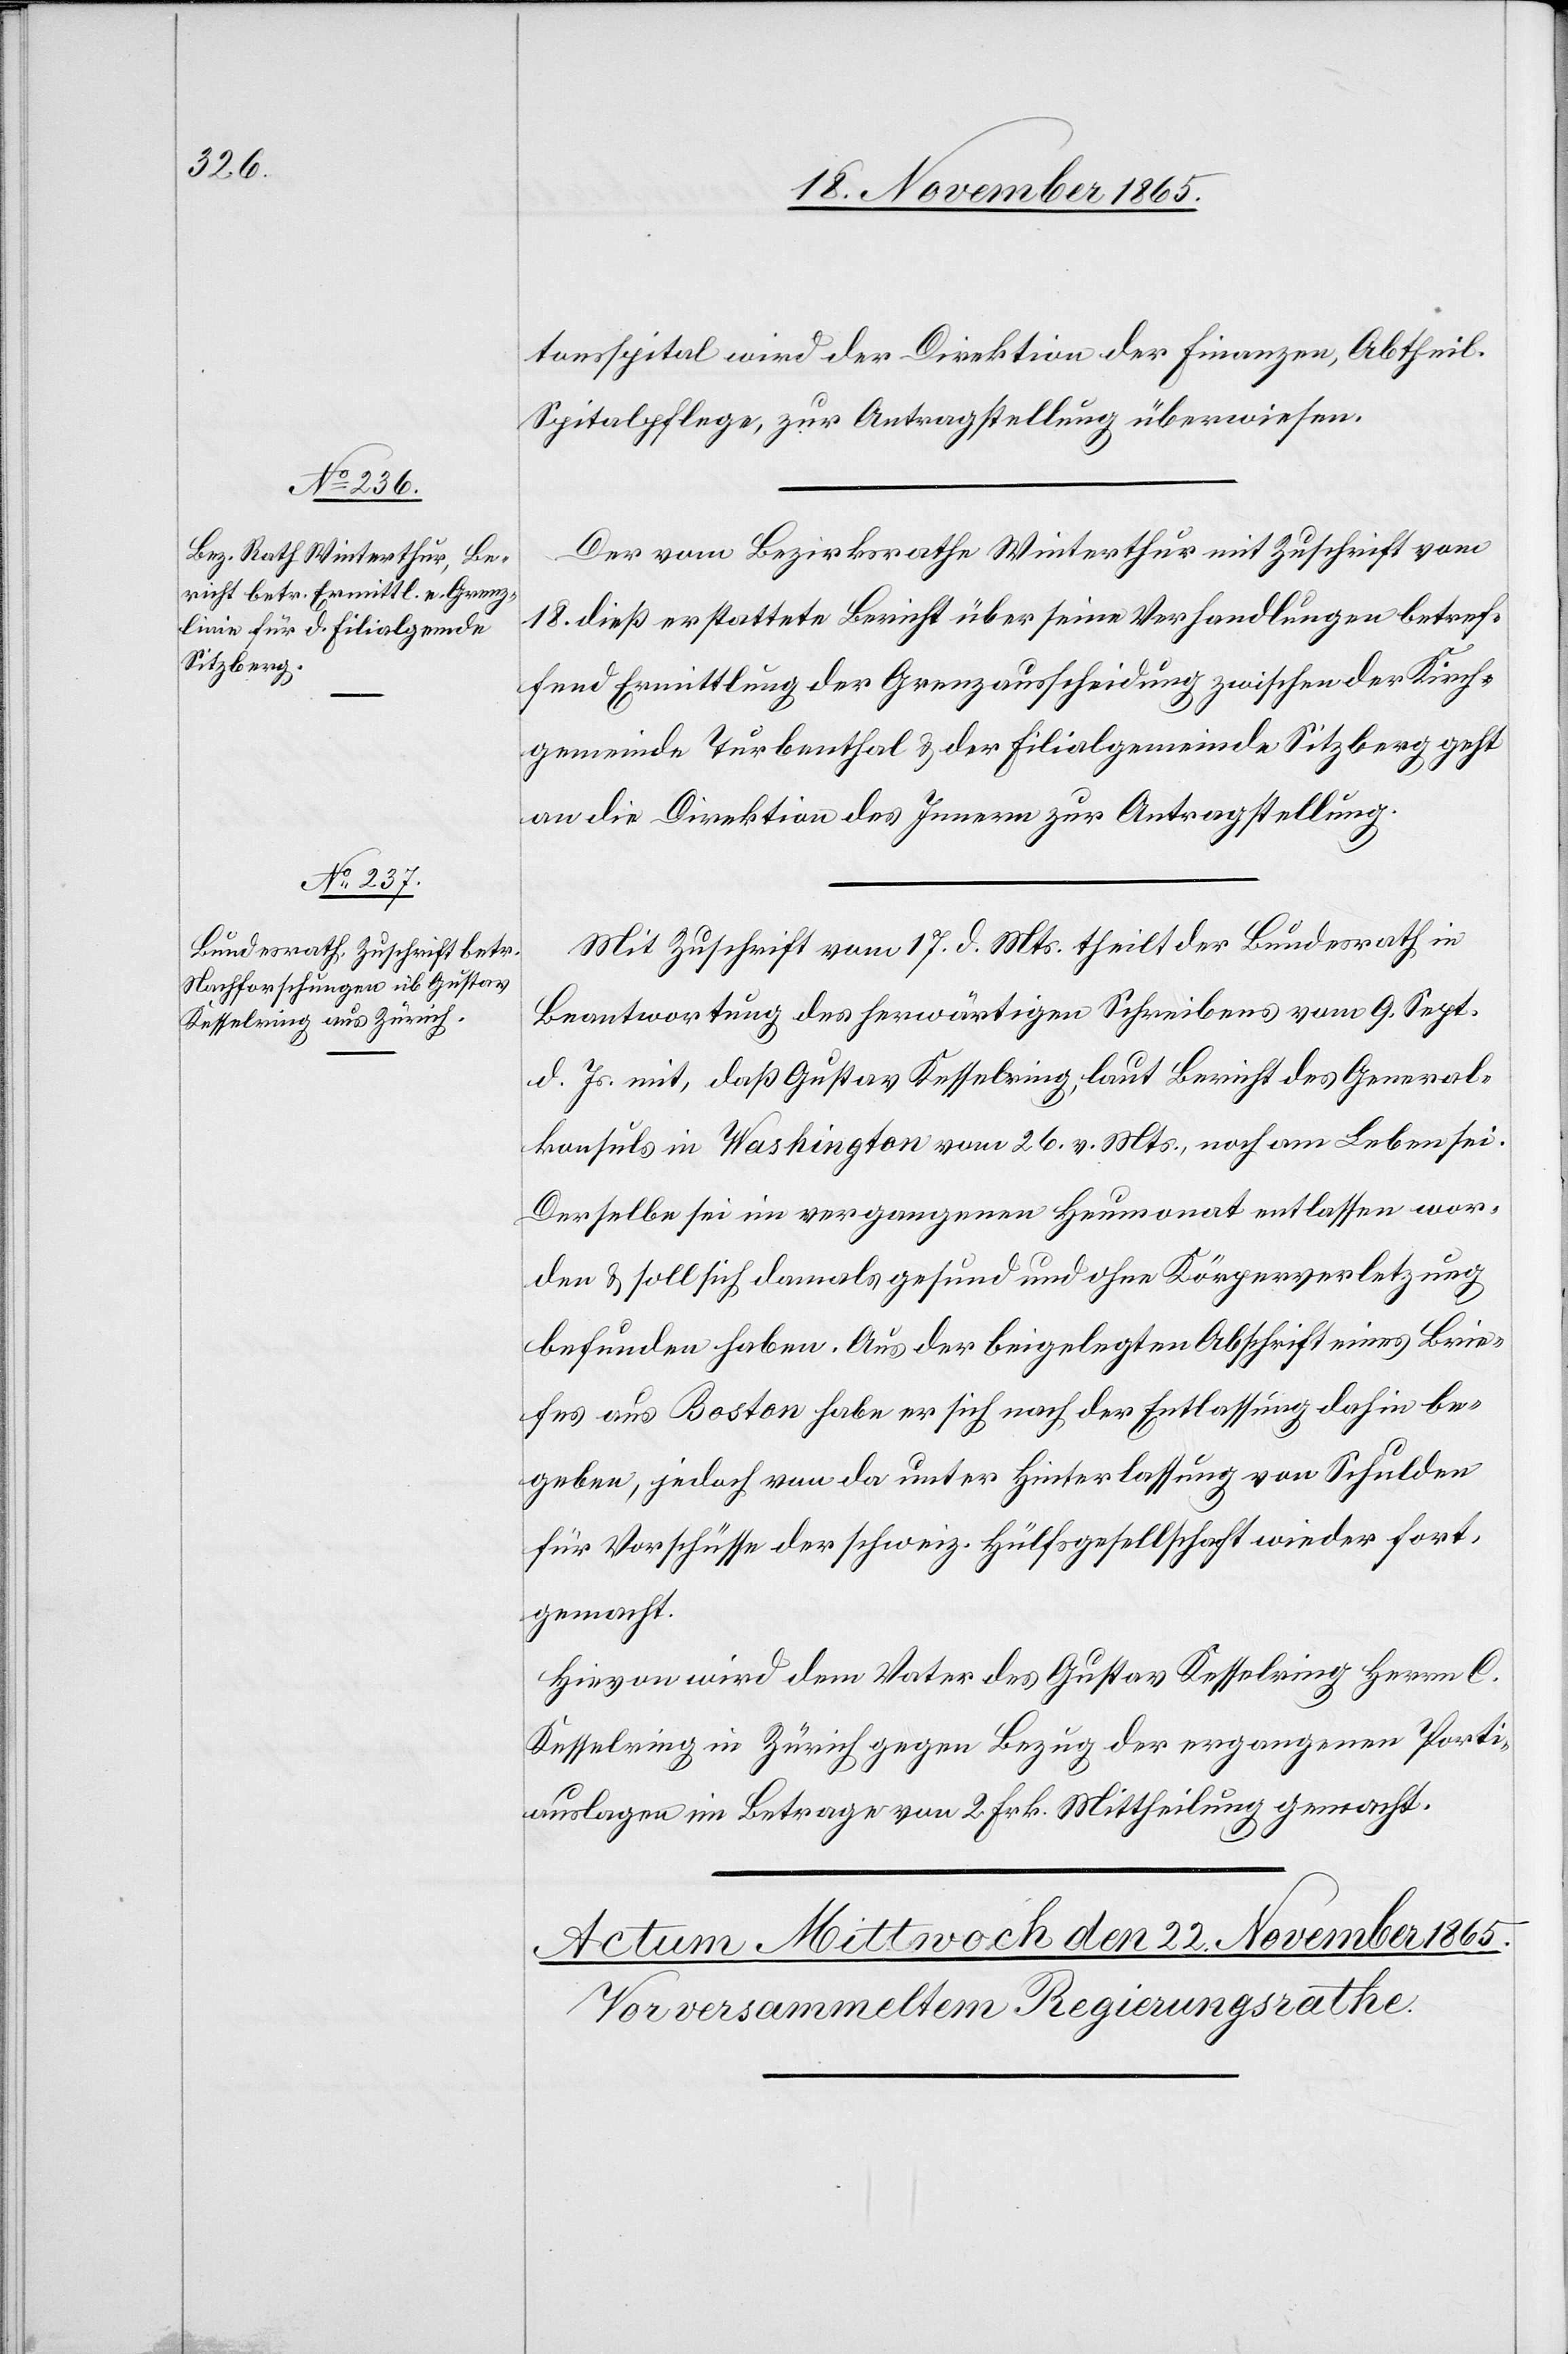
21. November 1865.]
tonsspital wird der Direktion der Finanzen, Abtheil.
Spitalpflege, zur Antragstellung überwiesen.
Der vom Bezirksrathe Winterthur mit Zuschrift vom
18. dieß erstattete Bericht über seine Verhandlungen betref¬
fend Ermittlung der Grenzausscheidung zwischen der Kirch¬
gemeinde Turbenthal & der Filialgemeinde Sitzberg geht
an die Direktion des Innern zu Antragstellung.
Mit Zuschrift vom 17. d. Mts. theilt der Bundesrath in
Beantwortung des herwärtigen Schreibens vom 9. Sept.
d. Js. mit, daß Gustav Kesselring, laut Bericht des General¬
konsuls in Washington vom 26. v. Mts., noch am Leben sei.
Derselbe sei im vergangenen Heumonat entlassen wor¬
den & soll sich damals gesund und ohne Körperverletzung
befunden haben. Aus der beigelegten Abschrift eines Brie¬
fes aus Boston habe er sich nach der Entlassung dahin be¬
geben, jedoch von da unter Hinterlassung von Schulden
für Vorschüsse der schweiz. Hülfsgesellschaft wieder fort¬
gemacht.
Hievon wird dem Vater des Gustav Kesselring Herrn C.
Kesselring in Zürich gegen Bezug der ergangenen Porti¬
auslagen im Betrage von 2 Frk. Mittheilung gemacht.